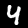
Label: 4